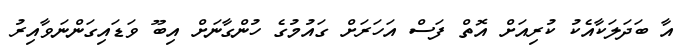
އާ ބަދަލަކާއެކު ކުރިއަށް އޮތް ފަސް އަހަރަށް ގައުމުގެ ހުންގާނަށް އިބޫ ވަޑައިގަންނަވާއިރު